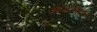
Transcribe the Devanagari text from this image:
आयलैंड्स